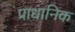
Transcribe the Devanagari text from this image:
प्राधानिक